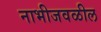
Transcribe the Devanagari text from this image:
नाभीजवळील